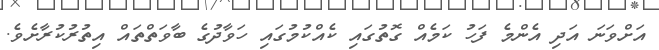
އަށްވަނަ އަދި އެންމެ ފަހު ކަމެއް ގޮތުގައި ކެއްކުމުގައި ހަވާދުގެ ބާވަތްތައް އިތުރުކުރާށެވެ.